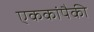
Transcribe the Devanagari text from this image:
एककांपैकी